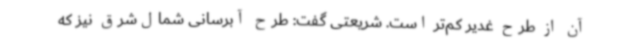
آن از طرح غدیر کم‌تر است. شریعتی گفت: طرح آبرسانی شمال‌شرق نیز که